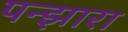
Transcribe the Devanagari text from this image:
पन्झारा